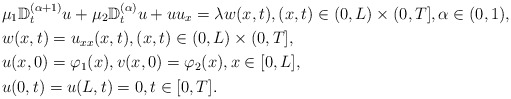
\begin{align*} &\mu_1\mathbb{D}_{t}^{(\alpha+1)}u+\mu_2\mathbb{D}_{t}^{(\alpha)}u+uu_x=\lambda w(x,t), (x,t)\in (0,L)\times (0,T],\alpha\in (0, 1),\\ &w(x,t)=u_{xx}(x,t),(x,t)\in (0,L)\times (0,T],\\ &u(x,0)=\varphi_1 (x),v(x,0)=\varphi_2 (x), x \in [0,L],\\ &u(0,t)=u(L,t)=0, t \in [0, T].\end{align*}